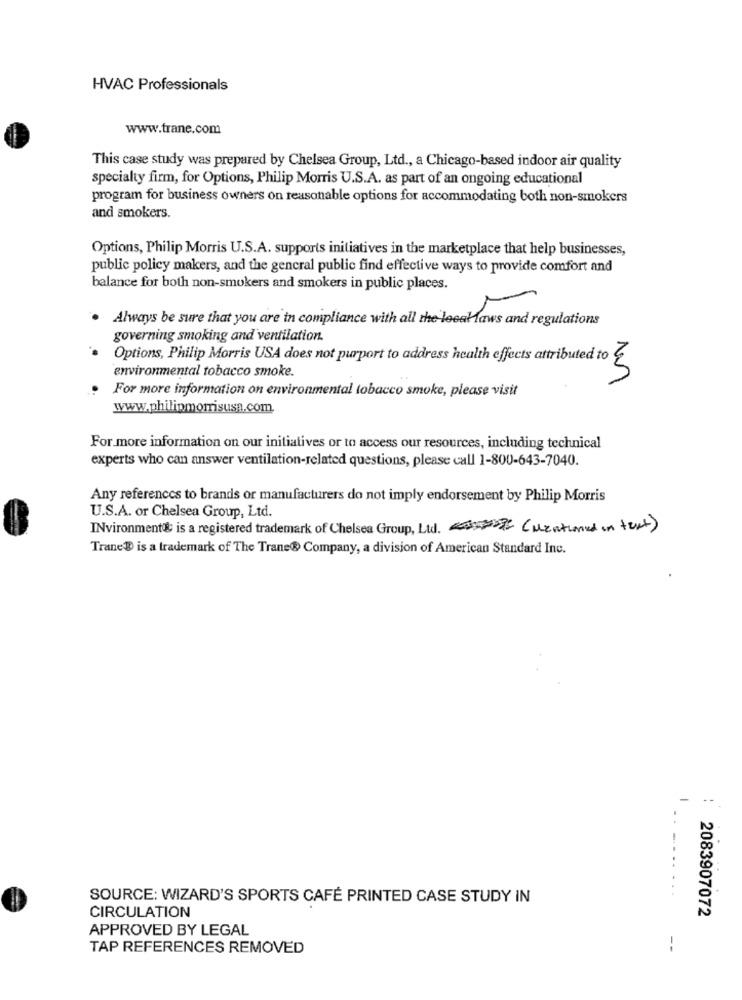
HVAC Professionals
www.trane.com
This case study was prepared by Chelsea Group, Ltd ., a Chicago-based indoor air quality
specialty firm, for Options, Philip Morris U.S.A. as part of an ongoing educational
program for business owners on reasonable options for accommodating both non-smokers
and smokers.
Options, Philip Morris U.S.A. supports initiatives in the marketplace that help businesses,
public policy makers, and the general public find effective ways to provide comfort and
balance for both non-smokers and smokers in public places.
Always be sure that you are in compliance with all the leealaws and regulations
governing smoking and ventilation.
Options, Philip Morris USA does not purport to address health effects attributed to E
environmental tobacco smoke.
For more information on environmental tobacco smoke, please visit
www.philipmorrisusa.com.
For more information on our initiatives or to access our resources, including technical
experts who can answer ventilation-related questions, please call 1-800-643-7040.
Any references to brands or manufacturers do not imply endorsement by Philip Morris
U.S.A. or Chelsea Group, Ltd.
INvironment is a registered trademark of Chelsea Group, Ltd. ( Mentioned in text )
TraneD is a trademark of The Trane® Company, a division of American Standard Inc.
-
.-
SOURCE: WIZARD'S SPORTS CAFE PRINTED CASE STUDY IN
2083907072
CIRCULATION
APPROVED BY LEGAL
TAP REFERENCES REMOVED
--